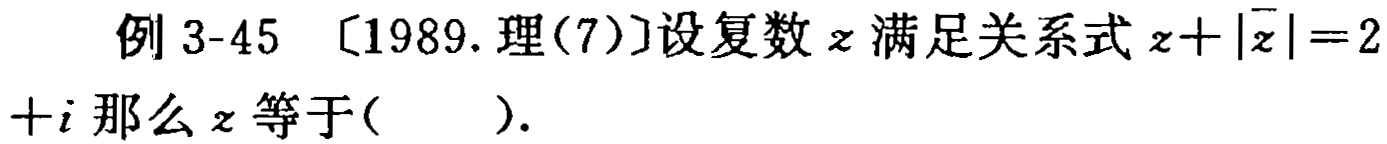
例 3-45 〔1989.理(7)〕设复数\(z\)满足关系式\(z + |\overline{z}| = 2 + i\)那么\(z\)等于(  ).